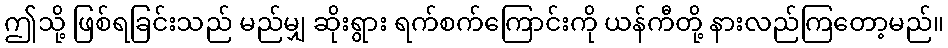
ဤသို့ ဖြစ်ရခြင်းသည် မည်မျှ ဆိုးရွား ရက်စက်ကြောင်းကို ယန်ကီတို့ နားလည်ကြတော့မည်။